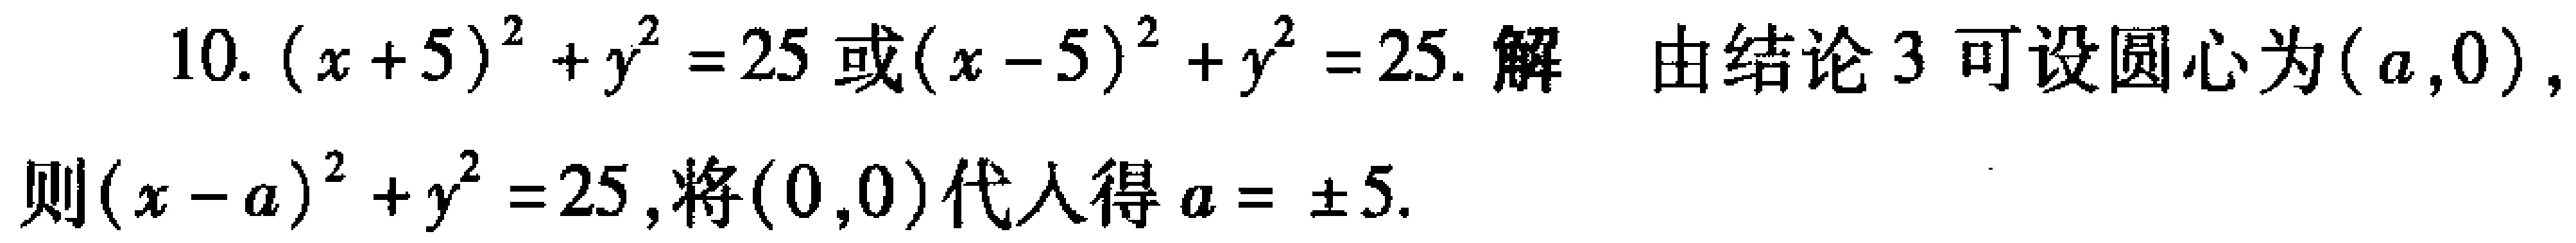
10. \((x + 5)^2 + y^2 = 25\) 或 \((x - 5)^2 + y^2 = 25\). 解 由结论 3 可设圆心为 \((a,0)\), 则 \((x - a)^2 + y^2 = 25\), 将 \((0,0)\) 代入得 \(a = \pm5\).